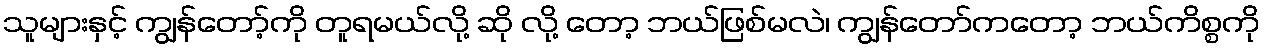
သူများနှင့် ကျွန်တော့်ကို တူရမယ်လို့ ဆို လို့ တော့ ဘယ်ဖြစ်မလဲ၊ ကျွန်တော်ကတော့ ဘယ်ကိစ္စကို